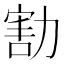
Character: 𠢆